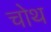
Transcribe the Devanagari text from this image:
चोथ